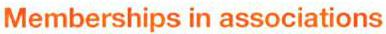
Memberships in associations